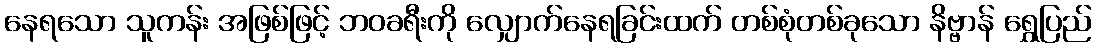
နေရသော သူကန်း အဖြစ်ဖြင့် ဘဝခရီးကို လျှောက်နေရခြင်းထက် တစ်စုံတစ်ခုသော နိဗ္ဗာန် ရွှေပြည်